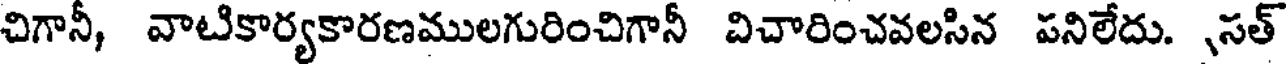
చిగానీ, వాటికార్యకారణములగురించిగానీ చిచారించవలసిన పనిలేదు. ,సత్